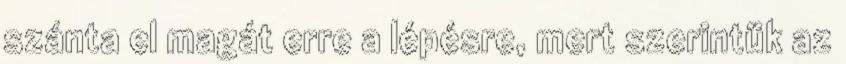
szánta el magát erre a lépésre, mert szerintük az